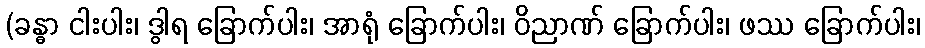
(ခန္ဓာ ငါးပါး၊ ဒွါရ ခြောက်ပါး၊ အာရုံ ခြောက်ပါး၊ ဝိညာဏ် ခြောက်ပါး၊ ဖဿ ခြောက်ပါး၊